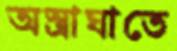
অস্ত্রাঘাতে